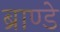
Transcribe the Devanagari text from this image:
ब्राण्डे